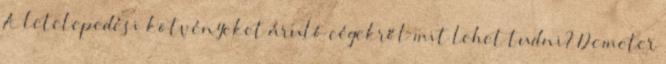
A letelepedési kötvényeket áruló cégekről mit lehet tudni? Demeter